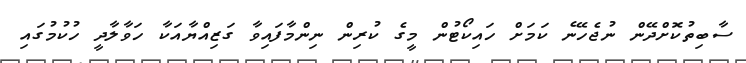
ސާބިތުކޮށްދޭން ނުޖެހޭނެ ކަމަށް ހައިކޯޓުން މީގެ ކުރިން ނިންމާފައިވާ ގަޒިއްޔާއަކާ ހަވާލާދީ ހުކުމުގައި